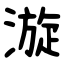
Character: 漩